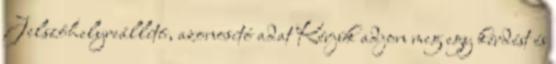
Jelszóhelyreállító, azonosító adat Kérjük adjon meg egy kérdést és